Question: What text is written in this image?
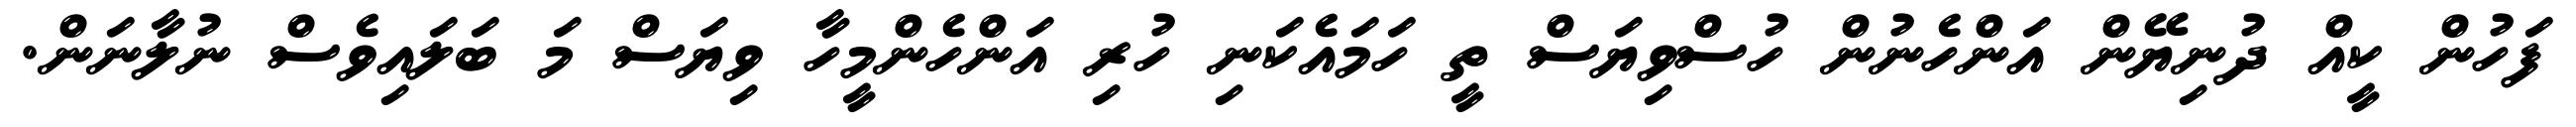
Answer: ފަހުން ކީއް ދުނިޔޭން އަންހެނުން ހުސްވިޔަސް ތީ ހަމައެކަނި ހުރި އަންހެންމީހާ ވިޔަސް މަ ބަލައިވެސް ނުލާނަން.